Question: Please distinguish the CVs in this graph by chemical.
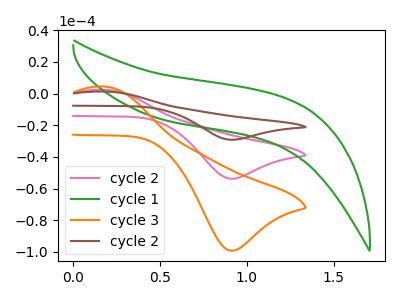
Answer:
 <answer>The pink curve is labeled "cycle 2". The green curve is labeled "cycle 1". The orange curve is labeled "cycle 3". The brown curve is labeled "cycle 2".</answer>
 <eval></eval>